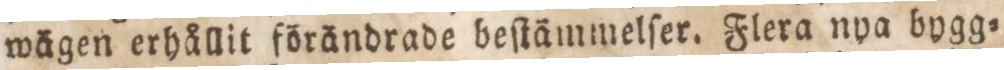
wägen erhållit förändrade beſtämmelſer. Flera nya bygg=